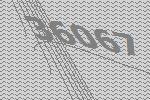
36067